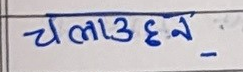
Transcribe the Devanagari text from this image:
चलाउन